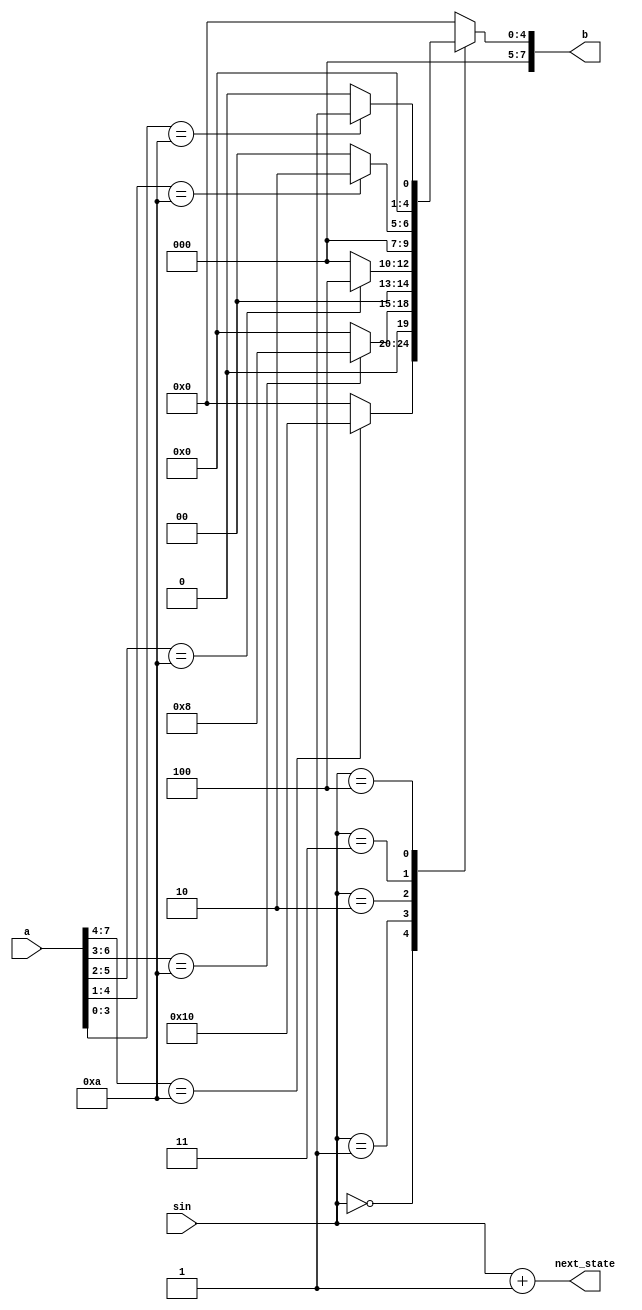
module fsm_sub(a,b,sin,next_state);

input [7:0] a;
input [2:0] sin;

output reg [7:0] b;
output [2:0]next_state;

parameter s1 = 3'b000 , s2 = 3'b001, s3 = 3'b010, s4 = 3'b011, s5 = 3'b100;
reg [2:0] state;

assign next_state = sin + 3'b001;

always @* begin
    state = sin;
    b = 8'b00000000;
    case(state)
        s1 : begin 
            if(a[7:4] == 4'b1010)begin
                b = 8'b00010000;
            end
            // else begin
            //     assign b = 8'b00000000;
            // end
        end
        s2 : begin 
            if(a[6:3] == 4'b1010)begin
                b = 8'b00001000;
            end
            // else begin
            //     assign b = 8'b00000000;
            // end
        end
        s3 : begin 
            if(a[5:2] == 4'b1010)begin
                b = 8'b00000100;
            end
            // else begin
            //     assign b = 8'b00000000;
            // end
        end
        s4 : begin 
            if(a[4:1] == 4'b1010)begin
                b = 8'b00000010;
            end
            // else begin
            //     assign b = 8'b00000000;
            // end
        end
        s5 : begin 
            if(a[3:0] == 4'b1010)begin
                b = 8'b00000001;
            end
            // else begin
            //     assign b = 8'b00000000;
            // end
        end
        default :  b = 0;
    endcase
end

endmodule